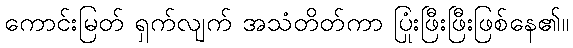
ကောင်းမြတ် ရှက်လျက် အသံတိတ်ကာ ပြုံးဖြီးဖြီးဖြစ်နေ၏။